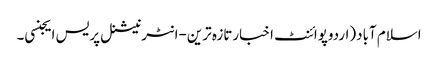
اسلام آباد(اردوپوائنٹ اخبارتازہ ترین-انٹرنیشنل پریس ایجنسی۔